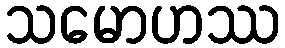
သမောဟဿ